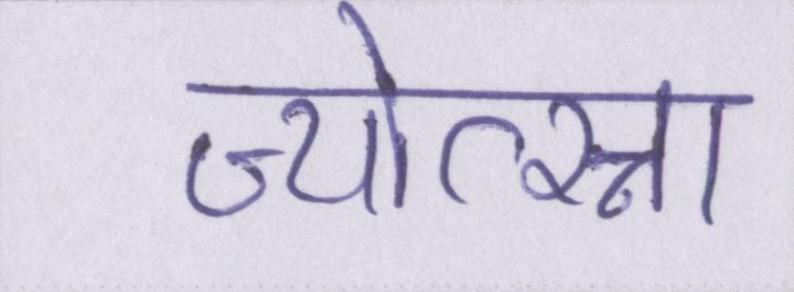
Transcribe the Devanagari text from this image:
ज्योत्स्ना